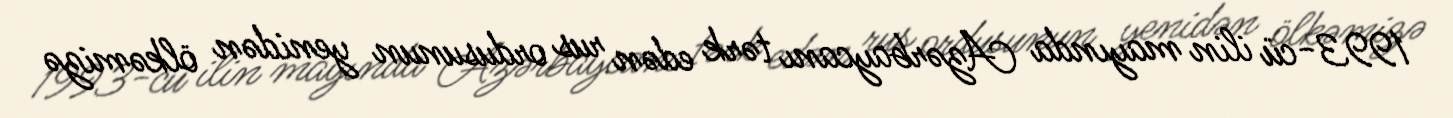
1993-cü ilin mayında Azərbaycanı tərk edən rus ordusunun yenidən ölkəmizə